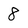
Character: 8